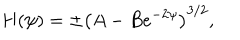
H ( \psi ) = \pm \left( A - B e ^ { - 2 \psi } \right) ^ { 3 / 2 } ,